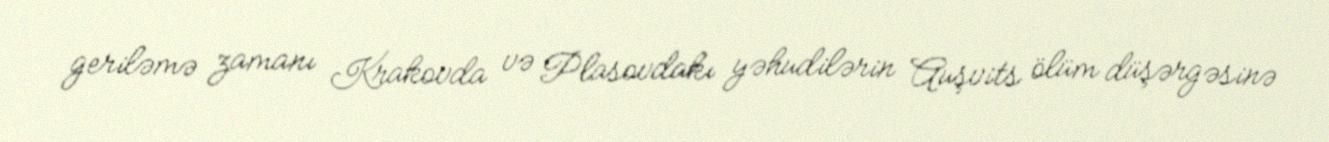
geriləmə zamanı Krakovda və Plasovdakı yəhudilərin Auşvits ölüm düşərgəsinə